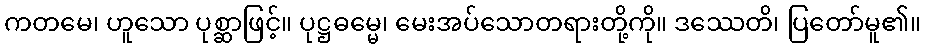
ကတမေ၊ ဟူသော ပုစ္ဆာဖြင့်။ ပုဋ္ဌဓမ္မေ၊ မေးအပ်သောတရားတို့ကို။ ဒဿေတိ၊ ပြတော်မူ၏။